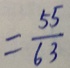
= \frac { 5 5 } { 6 3 }